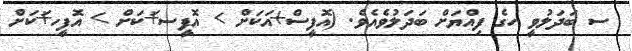
ސ ބަދަލުވީ ހގެ ފިއްޔަށް ބަދަލުވެއެވެ. (އޮފީސް+އަކަށް > އޮފީސ+ަކަށް > އޮފީހ+ަކަށް